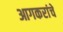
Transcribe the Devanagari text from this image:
आगकरांचे